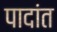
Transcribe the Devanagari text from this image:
पादांत